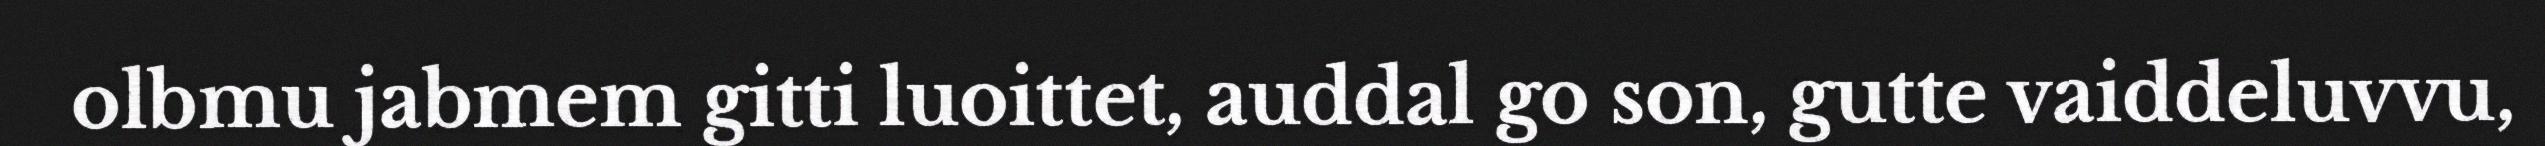
olbmu jabmem gitti luoittet, auddal go son, gutte vaiddeluvvu,